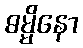
ဓမ္မိနော